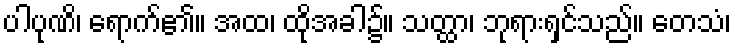
ပါပုဏိ၊ ရောက်၏။ အထ၊ ထိုအခါ၌။ သတ္ထာ၊ ဘုရားရှင်သည်။ တေသံ၊